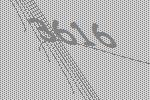
3616